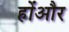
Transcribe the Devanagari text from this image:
होंऔर